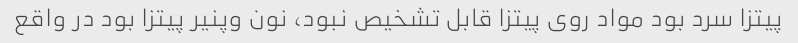
پیتزا سرد بود مواد روی پیتزا قابل تشخیص نبود، نون وپنیر پیتزا بود در واقع